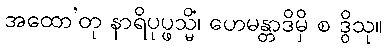
အထော’တု နာရိပုပ္ဖသ္မိံ၊ ဟေမန္တာဒိမှိ စ ဒွိသု။